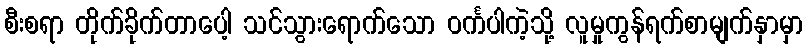
စီးစရာ တိုက်ခိုက်တာပေါ့ သင်သွားရောက်သော ဝင်္ကပါကဲ့သို့ လူမှုကွန်ရက်စာမျက်နှာမှာ